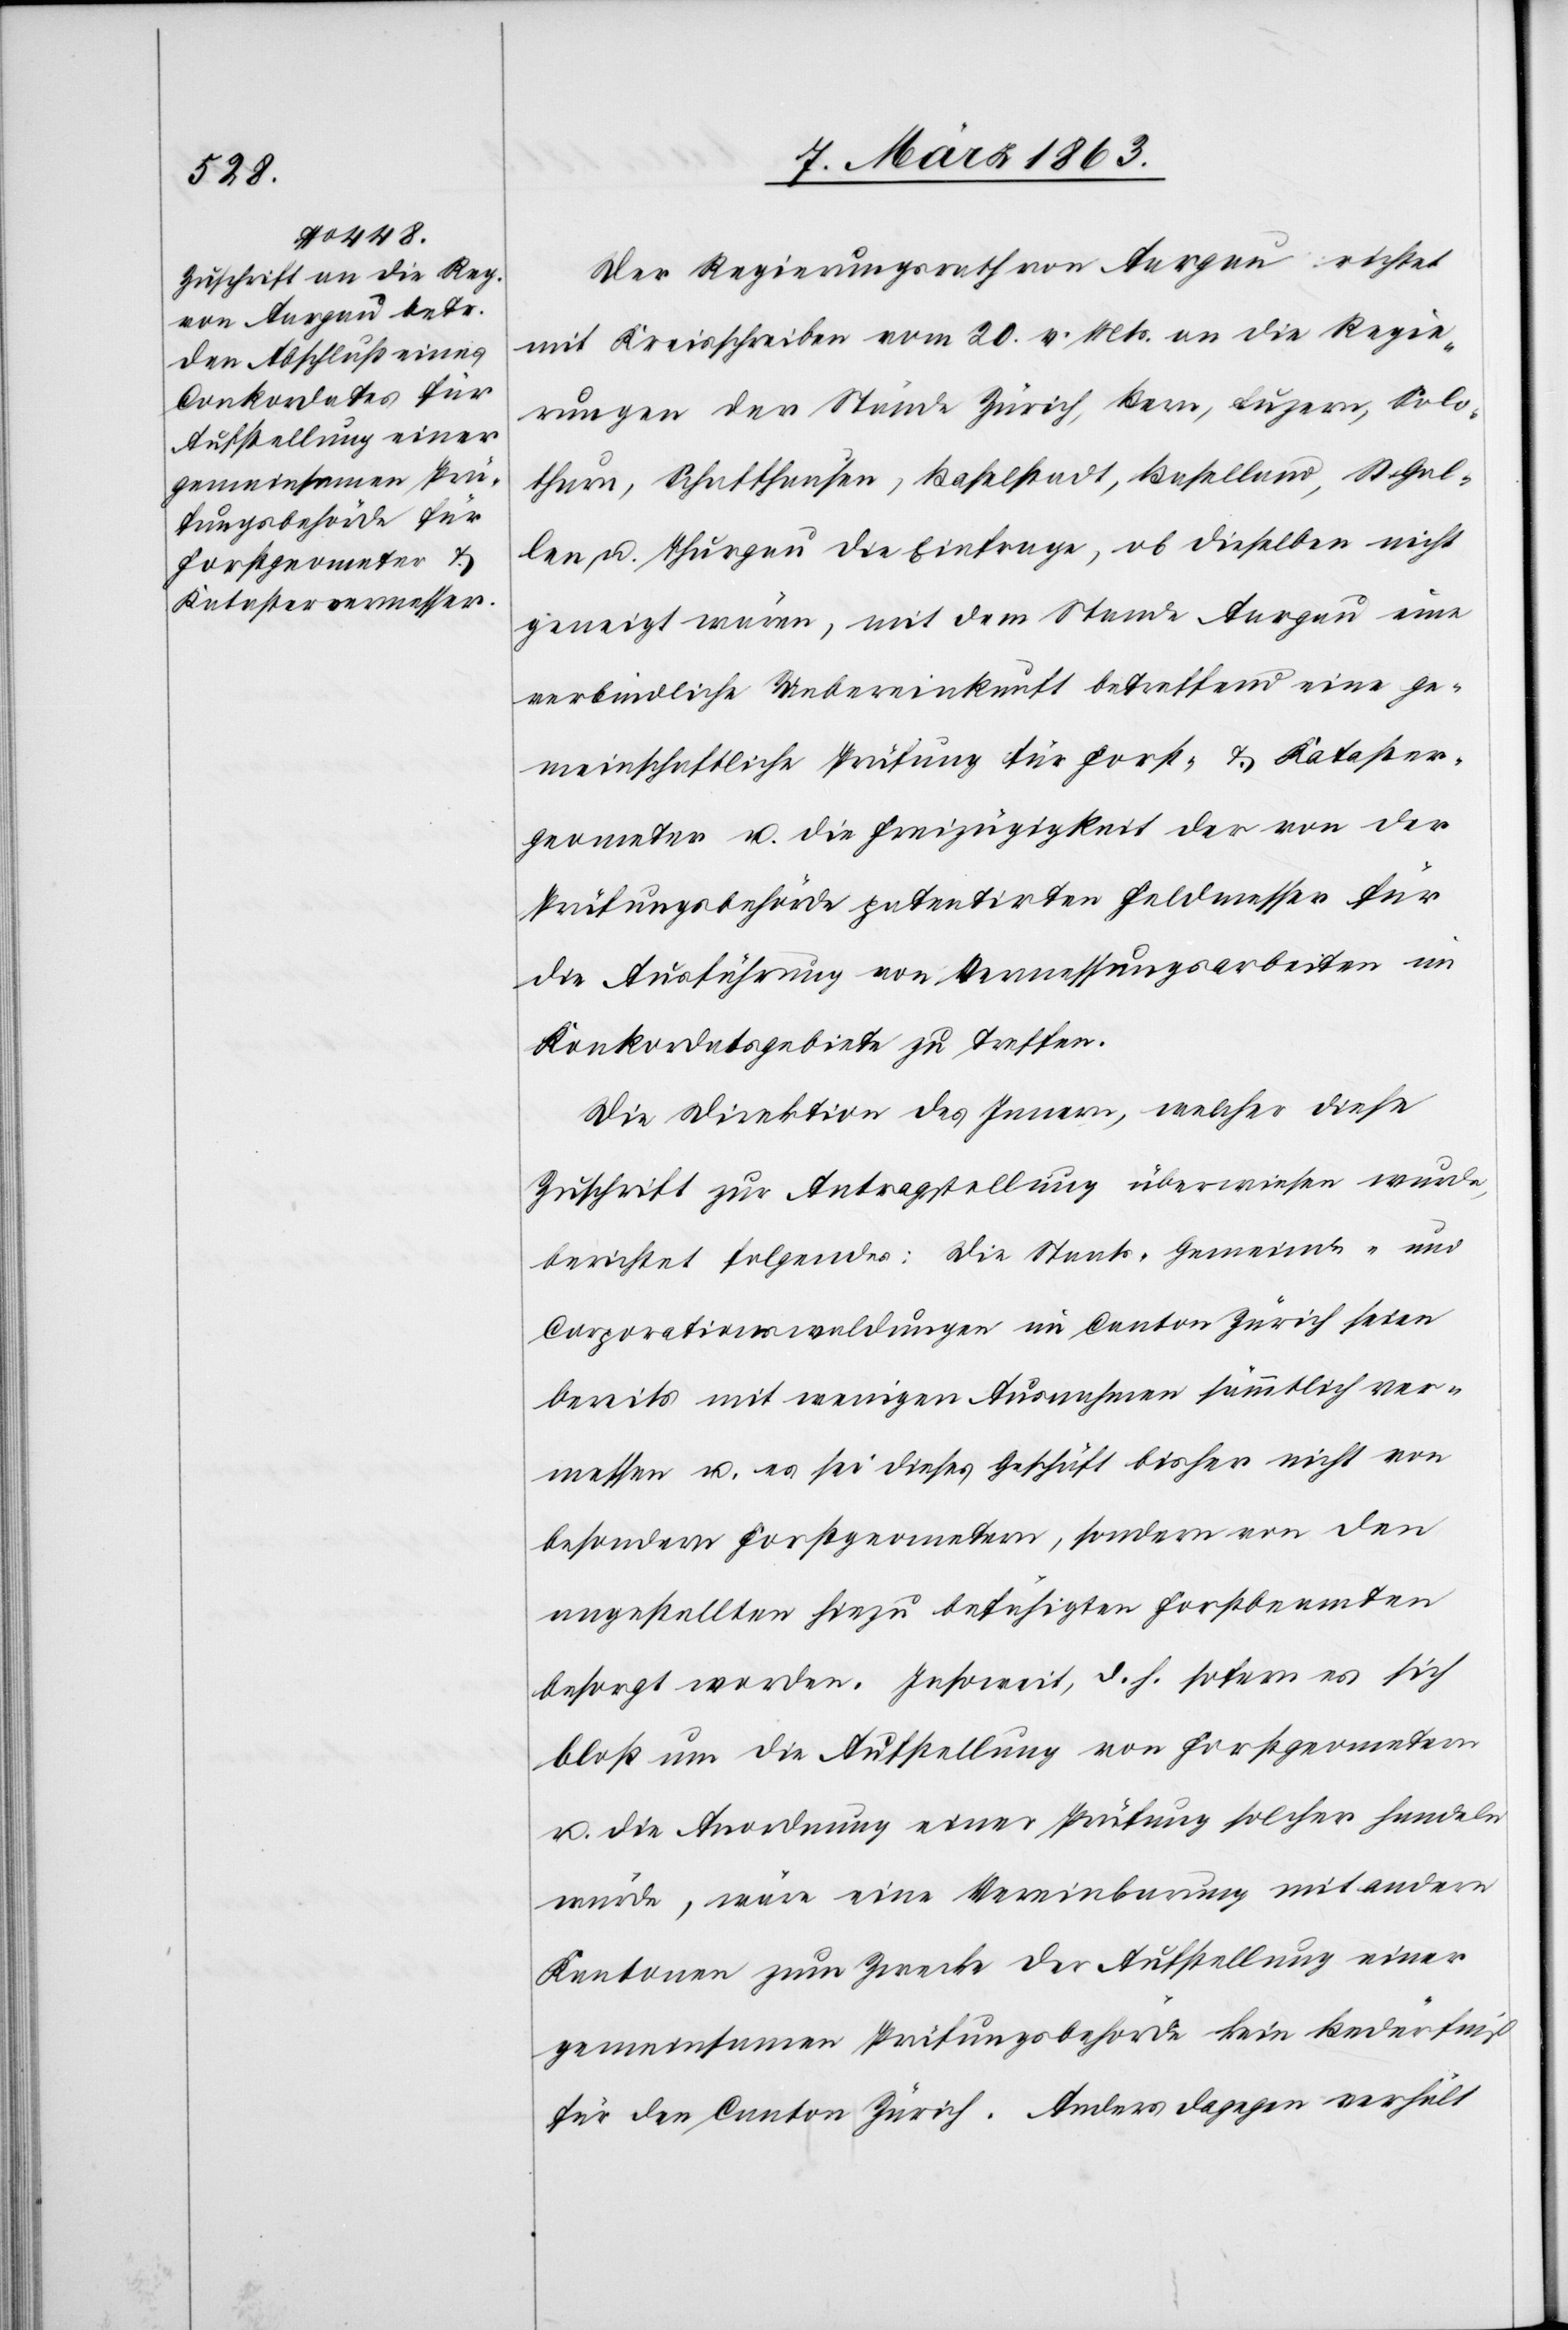
Der Regierungsrath von Aargau richtet
mit Kreisschreiben vom 20. v. Mts. an die Regie¬
rungen der Stände Zürich, Bern, Luzern, Solo¬
thurn, Schaffhausen, Baselstadt, Baselland, St. Gal¬
len u. Thurgau die Einfrage, ob dieselben nicht
geneigt wären, mit dem Stande Aargau eine
verbindliche Uebereinkunft betreffend eine ge¬
meinschaftliche Prüfung für Forst- & Kataster¬
geometer u. die Freizügigkeit der von der
Prüfungsbehörde patentirten Feldmesser für
die Ausführung von Vermessungsarbeiten im
Konkordatsgebiete zu treffen.
Die Direktion des Innern, welcher diese
Zuschrift zur Antragstellung überwiesen wurde,
berichtet folgendes: Die Staats-[,] Gemeinde- und
Corporationswaldungen im Canton Zürich seien
bereits mit wenigen Ausnahmen sämmtlich ver¬
messen u. es sei dieses Geschäft bisher nicht von
besondern Forstgeometern, sondern von den
angestellten hiezu befähigten Forstbeamten
besorgt worden. Insoweit, d. h. sofern es sich
bloß um die Aufstellung von Forstgeometern
u. die Anordnung einer Prüfung solcher handeln
würde, wäre eine Vereinbarung mit andern
Kantonen zum Zwecke der Aufstellung einer
gemeinsamen Prüfungsbehörde kein Bedürfniß
für den Canton Zürich. Anders dagegen verhält